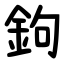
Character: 鉤